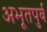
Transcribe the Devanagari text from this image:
अभूतपुर्व